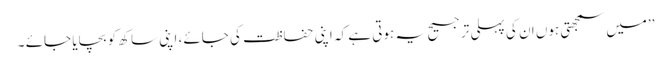
’’میں سمجھتی ہوں ان کی پہلی ترجیح یہ ہوتی ہے کہ اپنی حفاظت کی جائے، اپنی ساکھ کو بچایا جائے ۔